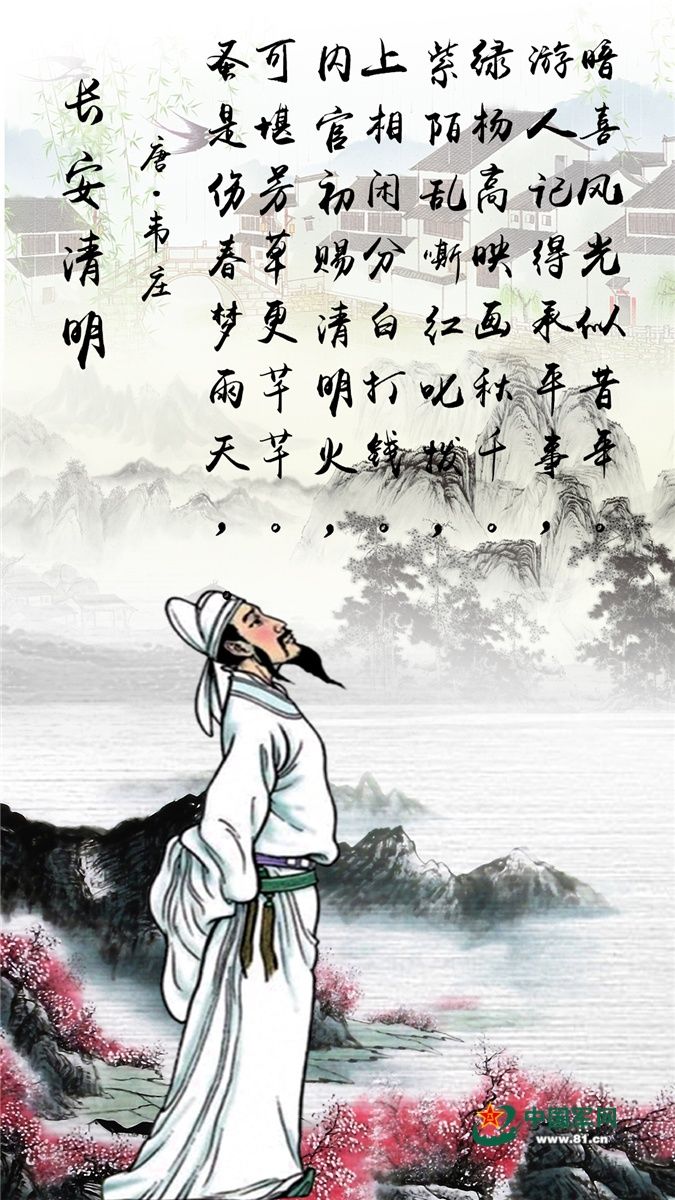
内官初赐清明火，上相闲分白打钱。